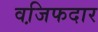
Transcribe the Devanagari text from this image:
वजि़फदार